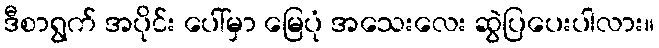
ဒီစာရွက် အပိုင်း ပေါ်မှာ မြေပုံ အသေးလေး ဆွဲပြပေးပါလား။